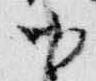
御